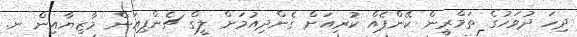
ދިހަ ދުވަހުގެ ތަމްރީން ކޭންޕެއް ކުރިއަށް ގެންދިއުމަށް ލީގް ޗެންޕިއަން މާޒިޔާއިން ނ.